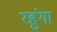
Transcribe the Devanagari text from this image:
रहुंगा